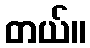
တယ်။